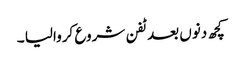
کچھ دنوں بعد ٹفن شروع کروالیا ۔